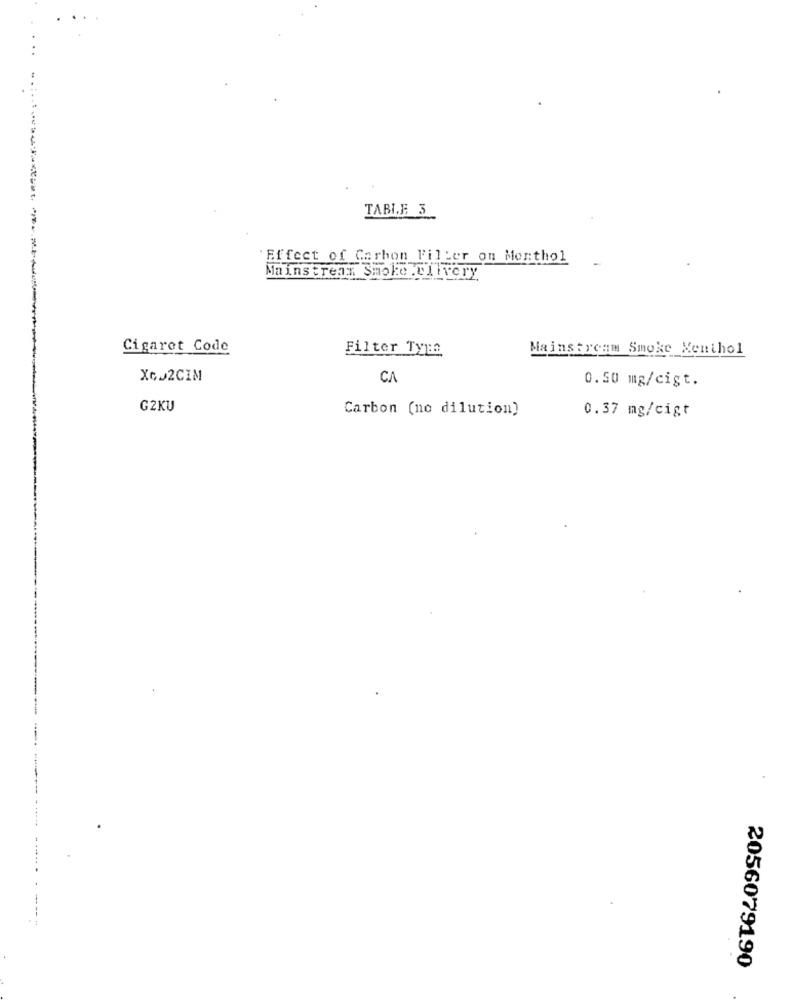
TABLE 3
Effect of Carbon Filter on Monthol
Mainstream Smoke Dlivery
Cigaret Code
Filter Type
Mainstream Smoke Menthol
X652CIM
CA
0.50 mg/cigt.
G2KU
Carbon (no dilution)
0.37 mg/cigt
2056079190